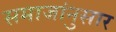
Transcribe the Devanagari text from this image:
समाजांनुसार